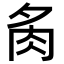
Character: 𮌉